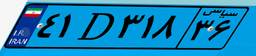
۹۸D۸۷۸۲۶